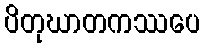
ပိတုဃာတကဿပေ